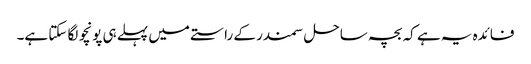
فائدہ یہ ہے کہ بچہ ساحل سمندر کے راستے میں پہلے ہی پونچو لگا سکتا ہے۔